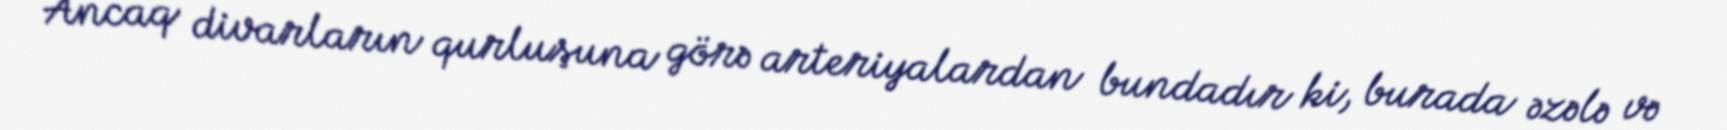
Ancaq divarların qurluşuna görə arteriyalardan bundadır ki, burada əzələ və